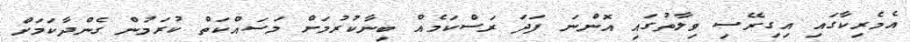
އެމެރިކާގައި އިގިރޭސި ވިލާތުގައި އޮންނަ ފަދަ ރަސްކަމެއް ބިނާކުރުމަށް މަސައްކަތް ކުރަމުން ގެންދާކަމަށް